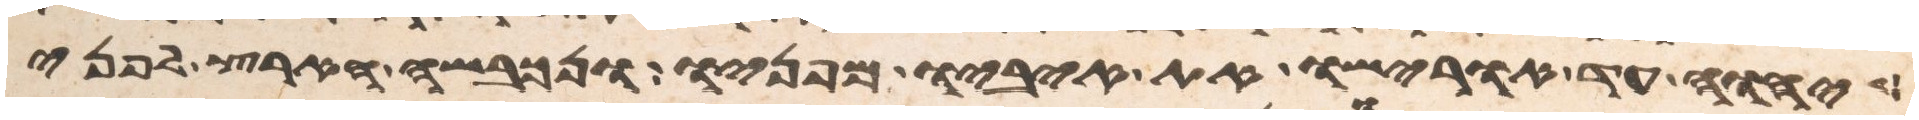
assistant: יהוה עד אורישו את איביו מפניו ונכבשה הארץ לפני